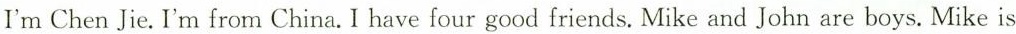
I'm Chen Jie. I'm from China. I have four good friends. Mike and John are boys. Mike is